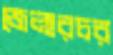
জেলারচর